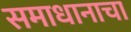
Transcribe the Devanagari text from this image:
समाधानाचा